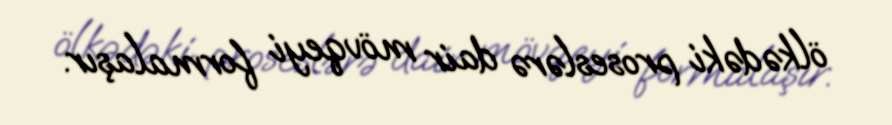
ölkədəki proseslərə dair mövqeyi formalaşır.